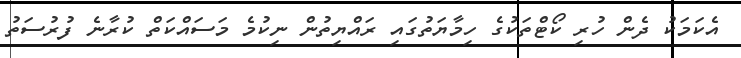
އެކަމަކު ދެން ހުރި ކޯޓްތަކުގެ ހިމާޔަތުގައި ރައްޔިތުން ނިކުމެ މަސައްކަތް ކުރާނެ ފުރުސަތު